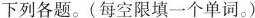
下列各题。(每空限填一个单词。)